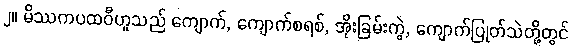
၂။ မိဿကပထဝီဟူသည် ကျောက်, ကျောက်စရစ်, အိုးခြမ်းကွဲ, ကျောက်ပြုတ်သဲတို့တွင်